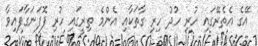
އޭގެ އެތެރޭގައި ހުރި ހުދު ހިރި ގާތަކާއި އެންމެ ތިރީގައި ހުރި ފޮފަނަގާފައިވާ